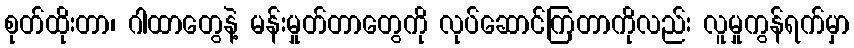
စုတ်ထိုးတာ၊ ဂါထာတွေနဲ့ မန်းမှုတ်တာတွေကို လုပ်ဆောင်ကြတာကိုလည်း လူမှုကွန်ရက်မှာ